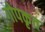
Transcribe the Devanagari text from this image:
गोपकृत